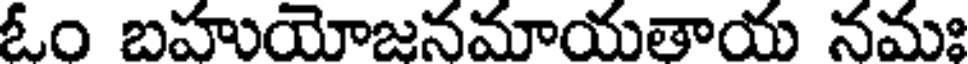
ఓం బహుయోజనమాయతాయ నమః